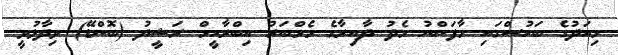
މިއަދުގެ ބަހުސްގައި މާފަންނު މެދު ދާއިރާގެ މެމްބަރު އިބްރާހީމް ރަޝީދު (ބޮންޑޭ) ވިދާޅުވީ